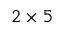
2 \times 5